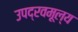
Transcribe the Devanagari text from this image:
उपद्रवमूल्य